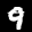
Label: 9